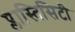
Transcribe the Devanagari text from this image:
प्लास्तिसिटी